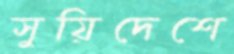
সুয়িদেশে